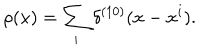
\rho ( x ) = \sum _ { i } \delta ^ { ( 1 0 ) } ( x - x ^ { i } ) .